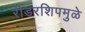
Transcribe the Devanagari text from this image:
रीडरशिपमुळे